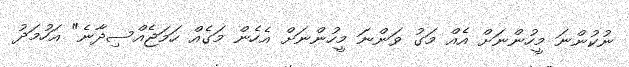
ނުކުންނަ މީހުންނަށް އެއް މަގު ވަންނަ މީހުންނަށް އެހެން މަގެއް ހަމަޖެއްސިދާނެ" އަހުމަދު